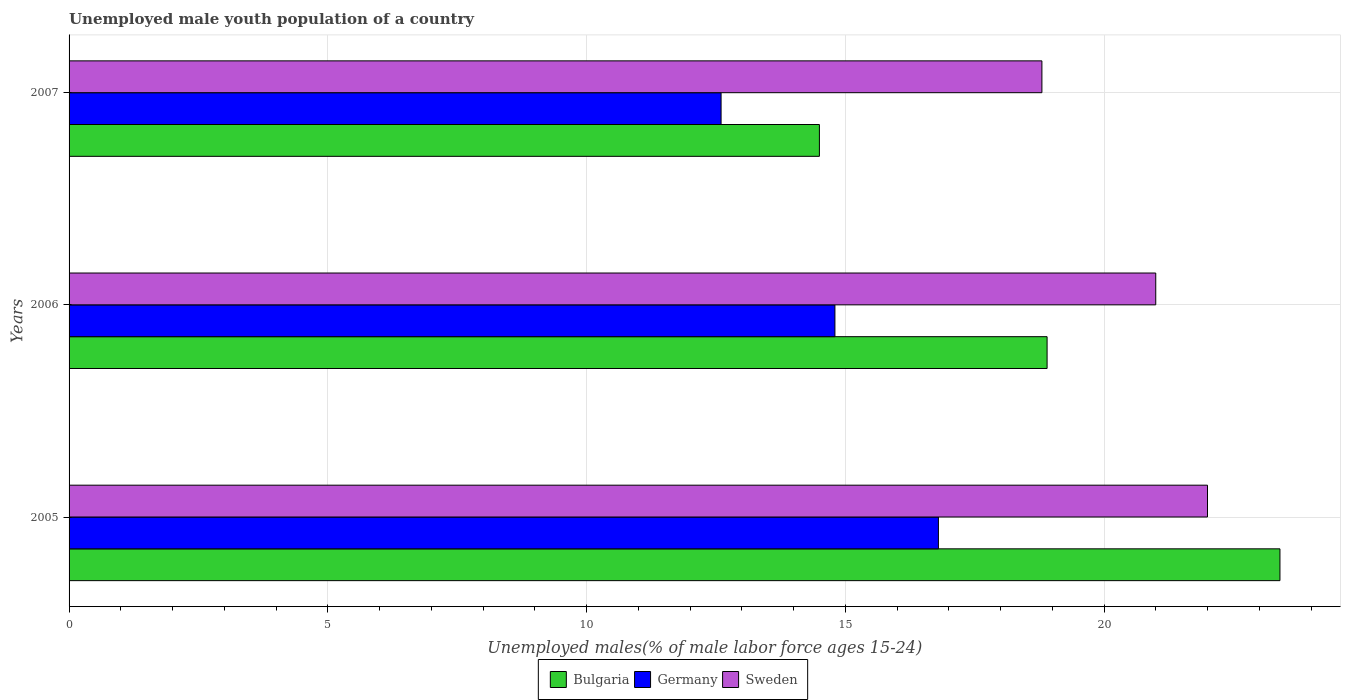
| Years | Bulgaria | Germany | Sweden |
 | --- | --- | --- | --- |
 | 2005 | 23.4 | 16.8 | 22 |
 | 2006 | 18.9 | 14.8 | 21 |
 | 2007 | 14.5 | 12.6 | 18.8 |